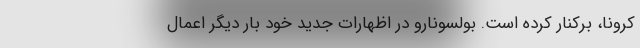
کرونا، برکنار کرده است. بولسونارو در اظهارات جدید خود بار دیگر اعمال